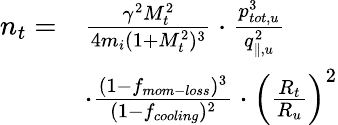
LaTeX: \begin{array}{rl}{n_{t}=}&{\frac{\gamma^{2}M_{t}^{2}}{4m_{i}(1+M_{t}^{2})^{3}}\cdot\frac{p_{tot,u}^{3}}{q_{\parallel,u}^{2}}}\\ &{\cdot\frac{(1-f_{mom-loss})^{3}}{(1-f_{cooling})^{2}}\cdot\left(\frac{R_{t}}{R_{u}}\right)^{2}}\end{array}